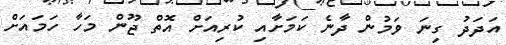
އަދަދު ގިނަ ވަމުން ދާނެ ކަމަށާއި ކުރިއަށް އޮތް ޖޫން މަހާ ހަމައަށް